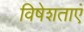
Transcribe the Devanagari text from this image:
विषेशताएं